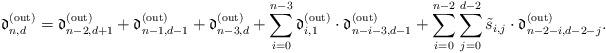
LaTeX: \begin{align*}\mathfrak{d}^{\rm (out)}_{n,d} = \mathfrak{d}^{\rm (out)}_{n-2,d+1} +\mathfrak{d}^{\rm (out)}_{n-1,d-1} + \mathfrak{d}^{\rm (out)}_{n-3,d} + \sum\limits_{i=0}^{n-3} \mathfrak{d}^{\rm (out)}_{i,1}\cdot \mathfrak{d}^{\rm (out)}_{n-i-3,d-1} + \sum\limits_{i=0}^{n-2}\sum\limits_{j=0}^{d-2} \tilde{s}_{i,j}\cdot \mathfrak{d}^{\rm (out)}_{n-2-i,d-2-j}.\end{align*}